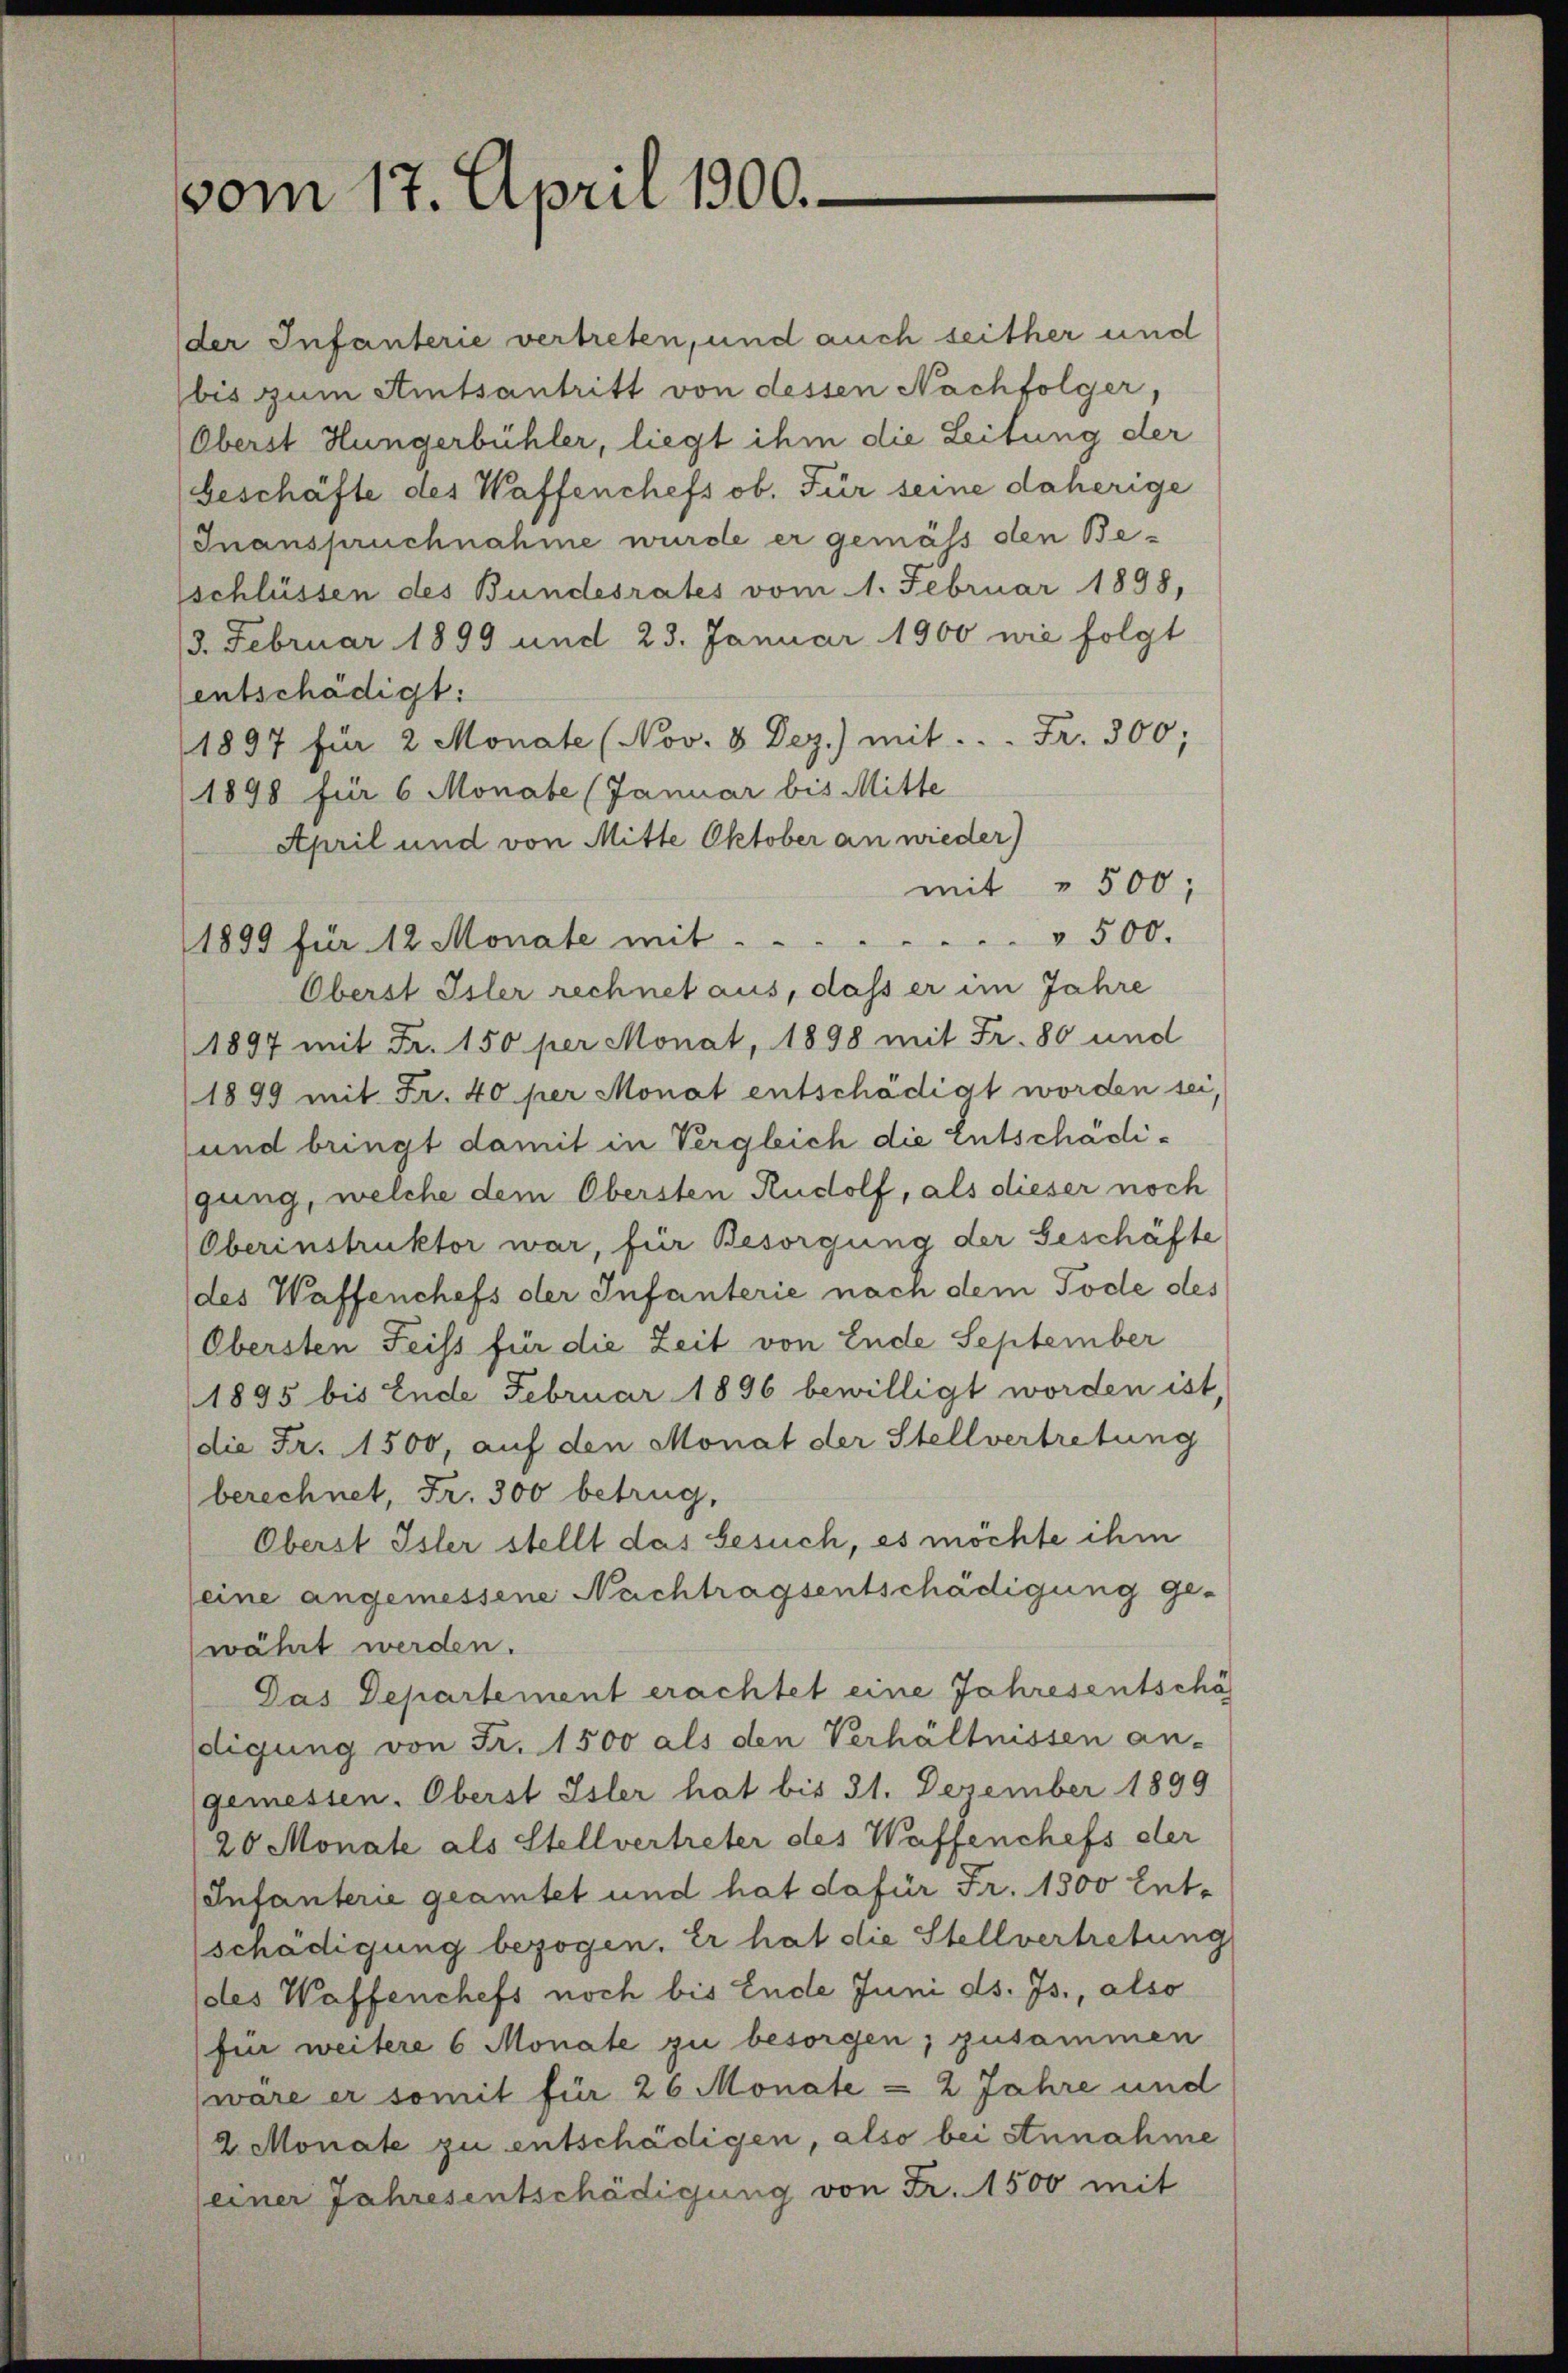
vom 17. April 1900.

der Infanterie vertreten, und auch seither und
bis zum Amtsantritt von dessen Nachfolger,
Oberst Hungerbühler, liegt ihm die Leitung der
beschäfte des Waffenchefs ob. Für seine daherige
Inanspruchnahme wurde er gemäss den Besschlüssen des Bundesrates vom 1. Februar 1898,
13. Februar 1899 und 23. Januar 1900 wie folgt
entschädigt:
1897 für 2 Monate (Nov. 8. Dez.) mit . . . Fr. 300;
1898 für 6 Monate (Januar bis Mitte
April und von Mitte Oktober an nieder)
mit " 500,
1899 für 12 Monate mit ..  ..  ..  ..  ..  .. . . . 500.
Oberst Isler rechnet aus, dass er im Jahre
1897 mit Fr. 150 per Monat, 1898 mit Fr. 80 und
1899 mit Fr. 40 per Monat entschädigt worden sei,
und bringt damit in Vergleich die Entschädigung, welche dem Obersten Rudolf, als dieser noch
Oberinstruktor war, für Besorgung der Geschafte
des Waffenchefs der Infanterie nach dem Tode des
Obersten Feiss für die Zeit von Ende September
1895 bis Ende Februar 1896 bewilligt worden ist,
die Fr. 1500, auf den Monat der Stellvertretung
berechnet, Fr. 300 betrug,
Oberst Isler stellt das Gesuch, es möchte ihm
eine angemessene Nachtragsentschädigung ge-
währt werden.
Das Departement erachtet eine Jahresentschä
digung von Fr. 1500 als den Verhältnissen an-
gemessen. Oberst Isler hat bis 31. Dezember 1899
20 Monate als Stellvertreter des Waffenchefs der
Infanterie geamtet und hat dafür Fr. 1500 Ent-
schädigung bezogen. Er hat die Stellvertretung
des Waffenchefs noch bis Ende Juni ds. Js., also
für weitere 6 Monate zu besorgen; zusammen
wäre er somit für 26 Monate = 2 Jahre und
2 Monate zu entschädigen, also bei stnnahme
(einer Jahresentschädigung von Fr. 1500 mit